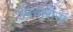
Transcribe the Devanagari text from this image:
उपचारास